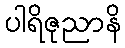
ပါရိဇုညာနိ